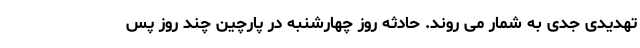
تهدیدی جدی به شمار می روند. حادثه روز چهارشنبه در پارچین چند روز پس